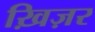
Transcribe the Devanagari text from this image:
ख़िज़र